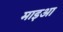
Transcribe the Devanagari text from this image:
माइआ